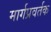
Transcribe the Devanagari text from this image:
मार्गप्रवर्तक